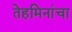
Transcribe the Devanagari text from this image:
तेहमिनांचा